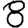
Digit: 8